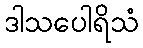
ဒါသပေါရိသံ